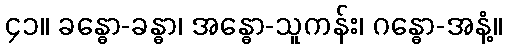
၄၁။ ခန္ဓော-ခန္ဓာ၊ အန္ဓော-သူကန်း၊ ဂန္ဓော-အနံ့။